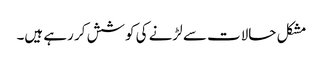
مشکل حالات سے لڑنے کی کوشش کر رہے ہیں۔